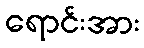
ရောင်းအား